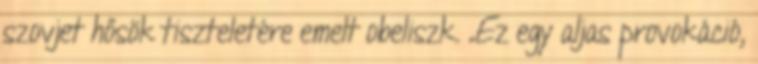
szovjet hősök tiszteletére emelt obeliszk. „Ez egy aljas provokáció,